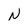
Character: N